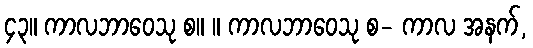
၄၃။ ကာလဘာဝေသု စ။ ။ ကာလဘာဝေသု စ- ကာလ အနက်,